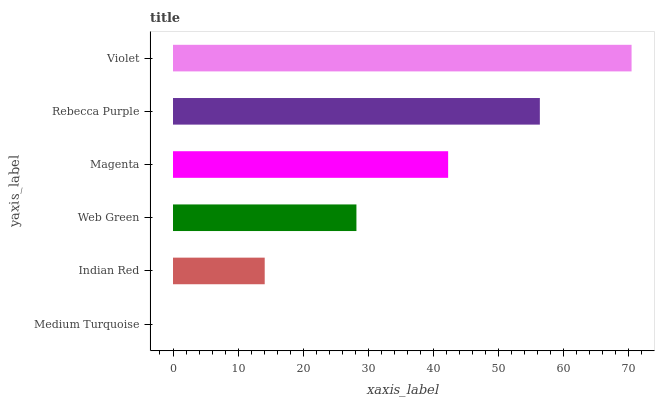
| yaxis_label | bars |
 | --- | --- |
 | Medium Turquoise | 0 |
 | Indian Red | 14.1 |
 | Web Green | 28.2 |
 | Magenta | 42.3 |
 | Rebecca Purple | 56.3 |
 | Violet | 70.4 |